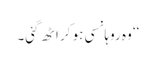
‘‘ وہ روہانسی ہو کر اٹھ گئی۔